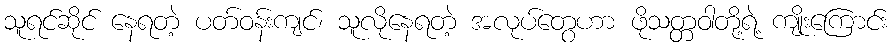
သူရင်ဆိုင် နေရတဲ့ ပတ်ဝန်းကျင်၊ သူလိုနေရတဲ့ အလုပ်တွေဟာ ဖိုသတ္တဝါတို့ရဲ့ ကျိုးကြောင်း